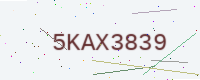
Text: 5KAX3839